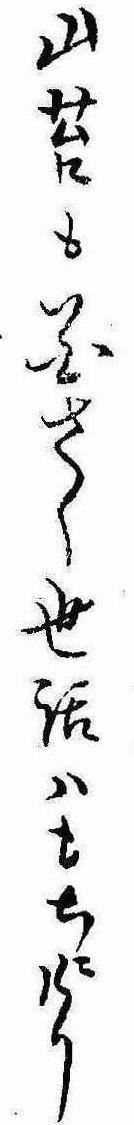
山苔も花さく世話はもちにけり